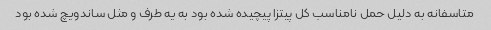
متاسفانه به دلیل حمل نامناسب کل پیتزا پیچیده شده بود به یه طرف و مثل ساندویچ شده بود